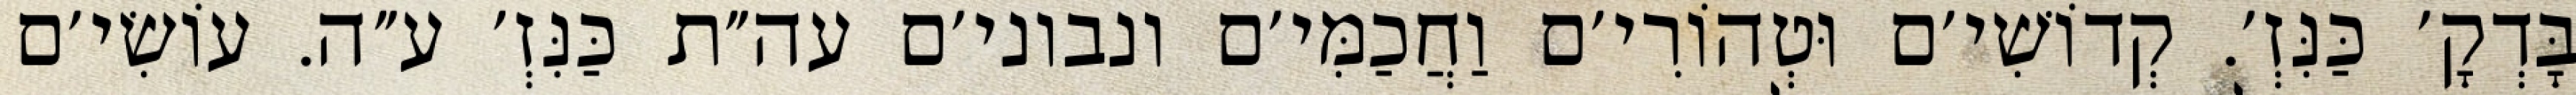
בָּדְקָ׳ כַּנִּזְ׳. קְדוֹשִׁי׳ם וּטְהוֹרִי׳ם וַחֲכַמִּי׳ם ונבוני׳ם עה״ת כַּנִּזְ׳ ע״ה. עוֹשִׂי׳ם